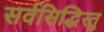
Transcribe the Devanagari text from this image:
सर्वसिद्धिस्तु